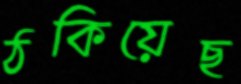
ঠকিয়েছ